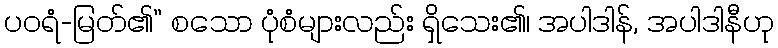
ပဝရံ-မြတ်၏” စသော ပုံစံများလည်း ရှိသေး၏၊ အပါဒါန်, အပါဒါနီဟု